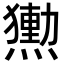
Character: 𭶕